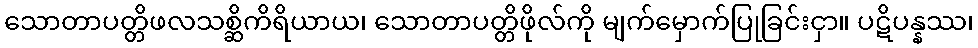
သောတာပတ္တိဖလသစ္ဆိကိရိယာယ၊ သောတာပတ္တိဖိုလ်ကို မျက်မှောက်ပြုခြင်းငှာ။ ပဋိပန္နဿ၊